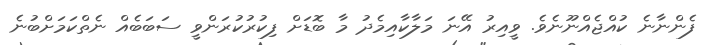
ފެންނާނެ ކުއްޖެއްނޫނެވެ. ވީއިރު އޭނަ މަލާކާއިމެދު މާ ބޮޑަށް ފިކުރުކުރަންވީ ސަބަބެއް ނެތްކަމަށްބުނެ